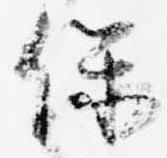
保